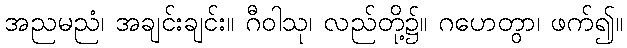
အညမညံ၊ အချင်းချင်း။ ဂီဝါသု၊ လည်တို့၌။ ဂဟေတွာ၊ ဖက်၍။